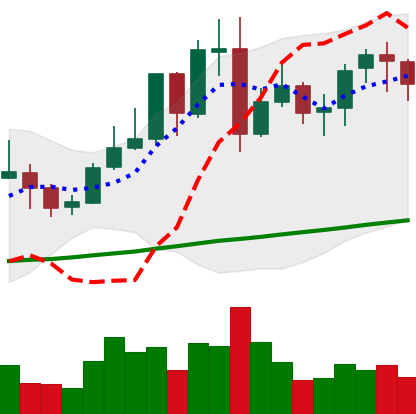
Ticker: LINK-USD
Chart end date: 2021-11-04
Forward return: 9.15%
Label: up_7plus